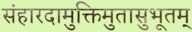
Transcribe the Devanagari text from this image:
संहारदामुक्तिमुतासुभूतम्